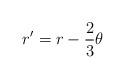
LaTeX: \begin{align*}r'=r-\frac{2}{3}\theta\end{align*}